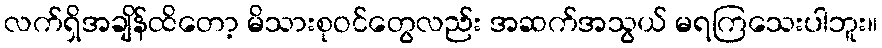
လက်ရှိအချိန်ထိတော့ မိသားစုဝင်တွေလည်း အဆက်အသွယ် မရကြသေးပါဘူး။